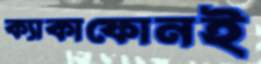
ক্যাকাফোনই